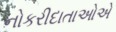
નોકરીદાતાઓએ